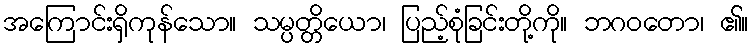
အကြောင်းရှိကုန်သော။ သမ္ပတ္တိယော၊ ပြည့်စုံခြင်းတို့ကို။ ဘဂဝတော၊ ၏။